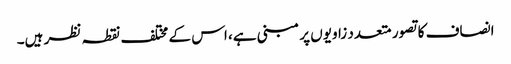
انصاف کا تصور متعدد زاویوں پر مبنی ہے، اس کے مختلف نقطہ نظر ہیں۔